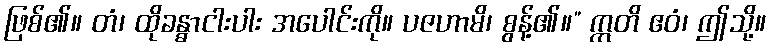
ဖြစ်၏။ တံ၊ ထိုခန္ဓာငါးပါး အပေါင်းကို။ ပဇဟာမိ၊ စွန့်၏။” ဣတိ ဧဝံ၊ ဤသို့။